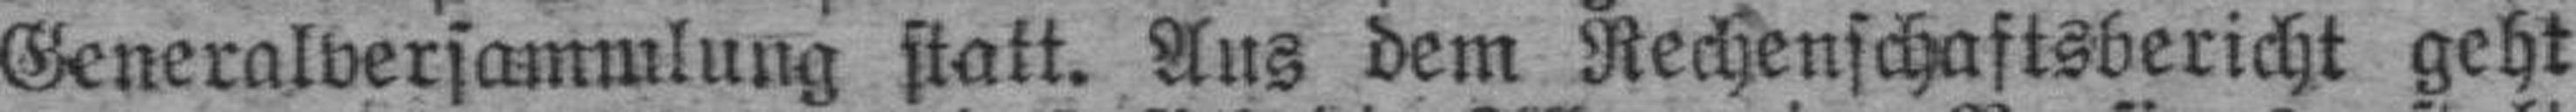
Generalversammlung statt. Aus dem Rechenschaftsbericht geht